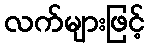
လက်များဖြင့်